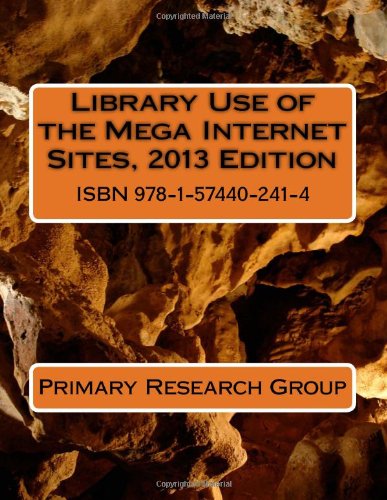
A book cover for Library Use of the Mega Internet Sites, 2013 Edition; Primary Research Group; Politics & Social Sciences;